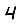
Digit: 4